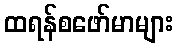
ထရန်စဖော်မာများ